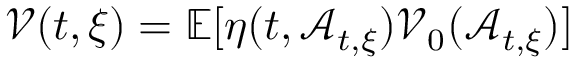
\mathcal { V } ( t , \xi ) = \mathbb { E } [ \eta ( t , \mathcal { A } _ { t , \xi } ) \mathcal { V } _ { 0 } ( \mathcal { A } _ { t , \xi } ) ]